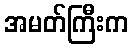
အမတ်ကြီးက